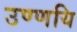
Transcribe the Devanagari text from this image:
उण्णयि